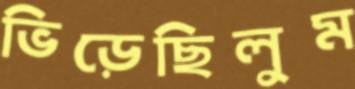
ভিড়েছিলুম